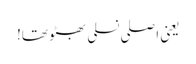
یعنی اصلی نسلی بھٹو تھا!